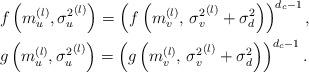
LaTeX: \begin{align*}&f\left(m_{u}^{(l)},{\sigma^{2}_{u}}^{(l)}\right) =\left( f\left(m_{v}^{(l)},\,{\sigma_{v}^{2}}^{(l)}+\sigma^2_d\right)\right)^{d_c-1},\\&g\left(m_{u}^{(l)},{\sigma^{2}_{u}}^{(l)}\right)=\left( g\left(m_{v}^{(l)},\,{\sigma_{v}^{2}}^{(l)}+\sigma^2_d\right)\right)^{d_c-1}.\end{align*}